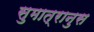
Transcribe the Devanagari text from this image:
सुमात्रानुस